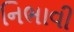
નિભાવી